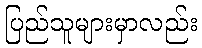
ပြည်သူများမှာလည်း